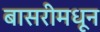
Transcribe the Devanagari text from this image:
बासरीमधून